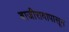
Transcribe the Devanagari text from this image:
बाजीरावापासून